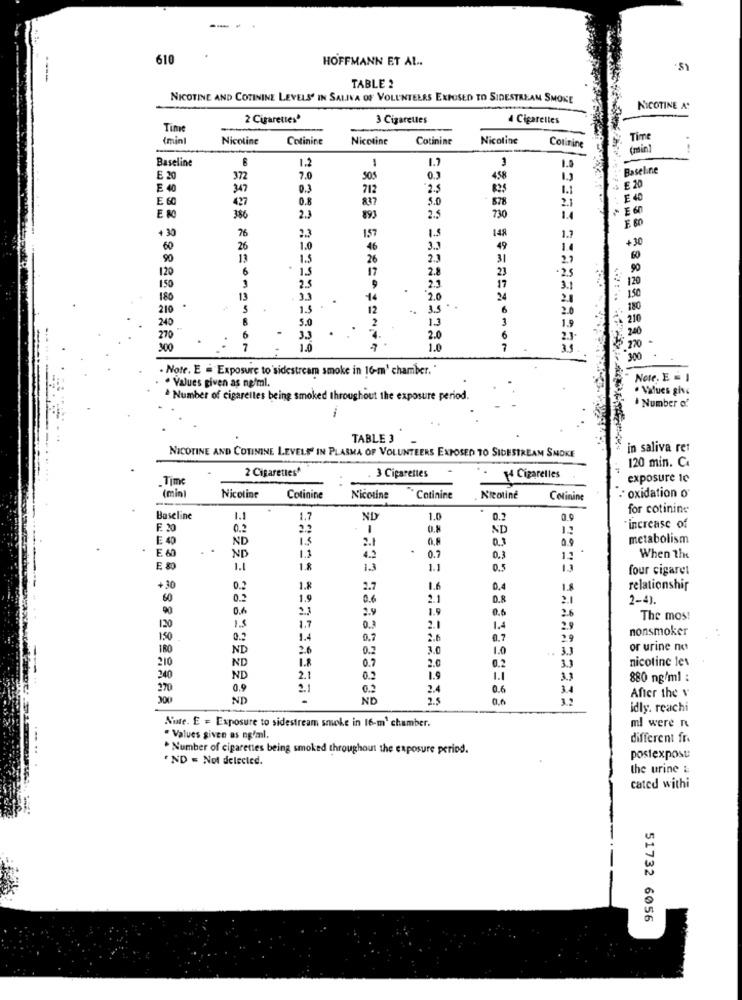
610
HOFFMANN ET AL ..
TABLE 2
NICOTINE AND COTININE LEVELS IN SALIVA OF VOLUNTEERS EXPOSED TO SIDESTREAM SMOKE
NICOTINE A:
2 Cigarettes'
3 Cigarettes
4 Cigarettes
Time
(mint
Nicotine
Cotinine
Nicotine
Cotinine
Nicotine
Cotinine
Time
(min
Baseline
1.7
3
1
1.2
Baseline
E 20
372
7.0
sos
4.58
E 40
347
0.3
712
2.5
82,5
1.1
E 20
E 60
427
0.8
837
5.0
878
2.1
E 40
1.1
E 60
386
2.3
893
2.5
730
+ 30
76
2.3
157
IS
148
E. 60
+30
60
26
1.0
46
3.1
49
1.4
90
13
1.5
26
2.3
31
2.7
60
120
6
17
2.8
23
·2.5
90
21
120
150
3
2.5
17
3.1
150
180
13
3.3
14
2.0
24
2.1
210
.
5
1.5
6
2.0
180
B
5.0
3
210
240
1.9
: 240
270
33
2.0
6
2.3
300
7
1.0
7
300
. Note. E = Exposure to'sidestream smoke in 16-m' chamber. "
Note, E = 1
. Values given as ng/ml.
. Values give
Number of cigarettes being smoked throughout the exposure period.
Number of
TABLE 3
in saliva ret
NICOTINE AND COTININE LEVELS IN PLASMA OF VOLUNTEERS EXPOSED TO SIDESTREAM SMOKE
120 min. C.
2 Cigarettes*
Time
3 Cigarettes
14 Cigarelles
exposure le
(min)
Nicotine
Cotinine
Nicotine
** Cotinine
Nicotine
Colinine
oxidation o
for cotinine
Baseline
1.1
1.7
ND
1.0
0.2
increase of
F. 20
0.2
O.N
ND
1.1
E 40
ND
15
2.1
0.3
0.9
metabolism
1.1
0.7
ND
4.2
0.3
13
When the
E 80
1.1
1.8
1.3
1.1
0.5
four cigaret
+30
0.2
1.8
2.7
1.6
0.4
1.8
relationshir
60
1.9
0.6
2-4).
90
0.6
23
2.9
1.9
0.6
26
The mos!
120
1.5
1.7
0.3
2.1
1.4
2.9
nonsmoker
150
0.2
1.4
0.7
2.6
0.7
2.9
180
ND
26
0.2
3.0
1.0
or urine no
210
ND
1.8
3.3
nicotine les
0.7
2.0
0.2
240
ND
2.1
0.2
1.9
1.1
3.3
880 ng/ml :
270
0.9
0.2
2.4
0.6
31
After the v
300
ND
ND
2.5
idly. reachi
Nure. E = Exposure to sidestream smoke in 16-m' chamber.
ml were R
. Values given as ng/ml.
different fr.
. Number of cigarettes being smoked throughout the exposure period.
·ND = Not delected.
postexposu
the urine &
cated withi
51732 6056